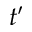
t ^ { \prime }